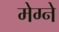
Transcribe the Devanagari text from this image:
मेग्ने